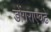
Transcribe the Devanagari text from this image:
डोंगराएवढे